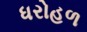
ધરોહળ